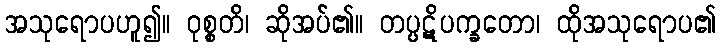
အသုရောပဟူ၍။ ဝုစ္စတိ၊ ဆိုအပ်၏။ တပ္ပဋိပက္ခတော၊ ထိုအသုရောပ၏